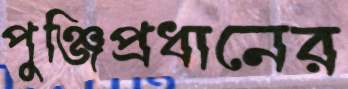
পুঞ্জিপ্রধানের